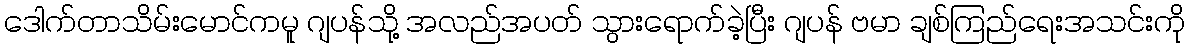
ဒေါက်တာသိမ်းမောင်ကမူ ဂျပန်သို့ အလည်အပတ် သွားရောက်ခဲ့ပြီး ဂျပန် ဗမာ ချစ်ကြည်ရေးအသင်းကို